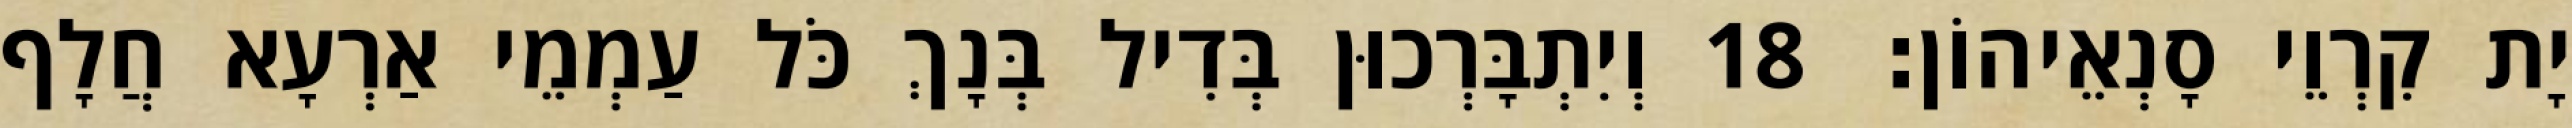
יָת קִרְוֵי סָנְאֵיהוֹן׃ 18 וְיִתְבָּרְכוּן בְּדִיל בְּנָךְ כֹּל עַמְמֵי אַרְעָא חֲלָף